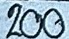
200